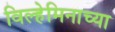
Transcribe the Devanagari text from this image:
विल्हेमिनाच्या